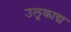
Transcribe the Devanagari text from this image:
उलूकाद्य